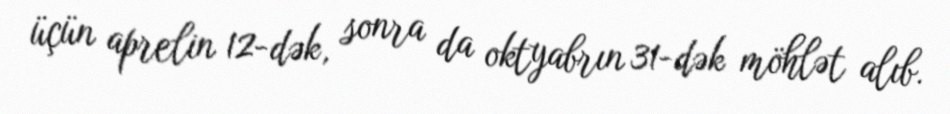
üçün aprelin 12-dək, sonra da oktyabrın 31-dək möhlət alıb.